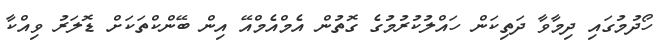
ހޯދުމުގައި ދިމާވާ ދަތިކަން ހައްލުކުރުމުގެ ގޮތުން އެމްއެމްއޭ އިން ބޭންކްތަކަށް ޑޮލަރު ވިއްކާ